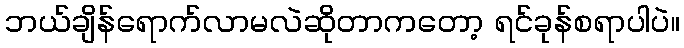
ဘယ်ချိန်ရောက်လာမလဲဆိုတာကတော့ ရင်ခုန်စရာပါပဲ။